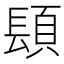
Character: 𨲙